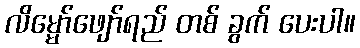
လိမ္မော်ဖျော်ရည် တစ် ခွက် ပေးပါ။